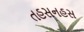
તહસનહસ